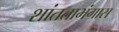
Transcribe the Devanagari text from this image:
शांतताभंगास